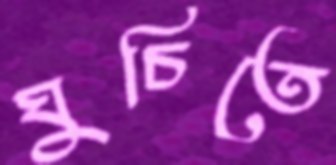
ঘুচিতে